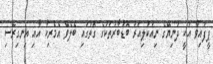
ޕީފައިވް އަކީ ދުނިޔޭގެ ނިއުކުލިއަރު ބޮޑުބާރުތަކުގެ ގޮތުގައި ބެލެވޭ އެމެރިކާ އާއި އިނގިރޭސި